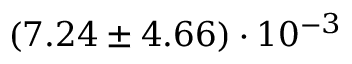
( 7 . 2 4 \pm 4 . 6 6 ) \cdot 1 0 ^ { - 3 }